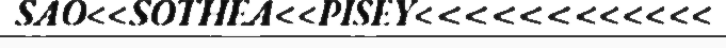
SAO<<SOTHEA<<PISEY<<<<<<<<<<<<